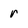
Character: r